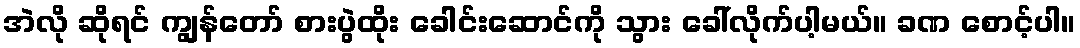
အဲလို ဆိုရင် ကျွန်တော် စားပွဲထိုး ခေါင်းဆောင်ကို သွား ခေါ်လိုက်ပါ့မယ်။ ခဏ စောင့်ပါ။